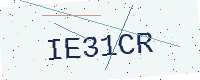
Text: IE31CR